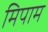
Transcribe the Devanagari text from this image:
मिपाम